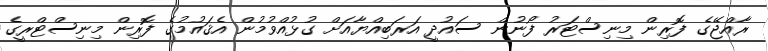
ރާއްޖޭގެ ފޮރިން މިނިސްޓަރު ފޯނުން ސައުދީ އަރަބިއްޔާއަށް ގުޅުއްވުމުން އެޤައުމުގެ ފޮރިން މިނިސްޓްރީގެ